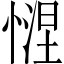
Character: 𢟗